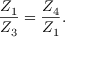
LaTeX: \frac { Z _ { 1 } } { Z _ { 3 } } = \frac { Z _ { 4 } } { Z _ { 1 } } .